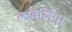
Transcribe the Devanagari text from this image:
लावलिया